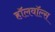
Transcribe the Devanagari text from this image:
हॉलवॉल्स